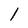
Character: 1